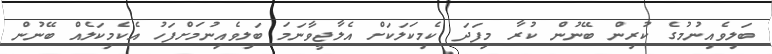
ބަލިވެއިނުމުގެ ކުރިން ބޭނުން ކުރާ މިފަދަ ކެމިކަލަކަށް އެލާޖީވާނަމަ ބަލިވެއިނުމަށްފަހު އެކެމިކަލެއް ބޭނުން